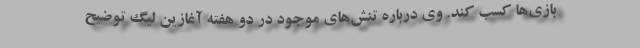
بازی‌ها کسب کند. وی درباره تنش‌های موجود در دو هفته آغازین لیگ توضیح